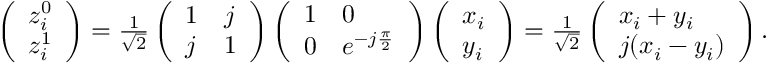
\begin{array} { r } { \left( \begin{array} { l } { z _ { i } ^ { 0 } } \\ { z _ { i } ^ { 1 } } \end{array} \right) = \frac { 1 } { \sqrt { 2 } } \left( \begin{array} { l l } { 1 } & { j } \\ { j } & { 1 } \end{array} \right) \left( \begin{array} { l l } { 1 } & { 0 } \\ { 0 } & { e ^ { - j \frac { \pi } { 2 } } } \end{array} \right) \left( \begin{array} { l } { x _ { i } } \\ { y _ { i } } \end{array} \right) = \frac { 1 } { \sqrt { 2 } } \left( \begin{array} { l } { x _ { i } + y _ { i } } \\ { j ( x _ { i } - y _ { i } ) } \end{array} \right) . } \end{array}